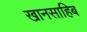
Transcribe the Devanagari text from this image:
खानसाहिब